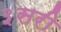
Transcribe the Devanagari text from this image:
३सरी